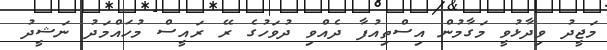
މަޖީދު ވިދާޅުވީ މަގާމުން އިސްތިއުފާ ދެއްވި ދުވަހުގެ ރޭ ރައީސް މުހައްމަދު ނަޝީދު